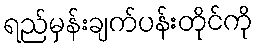
ရည်မှန်းချက်ပန်းတိုင်ကို